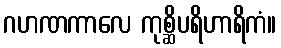
ဂဟဏကာလေ ကုစ္ဆိပရိဟာရိကံ။